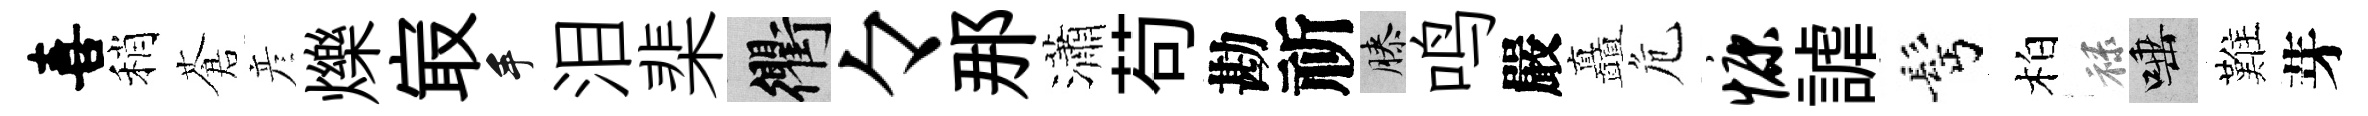
喜稍蒼彦爍㝡手泪棐衢々那瀟苟勘祈膝鸣嚴矗危慷謔髩柏禄唾難芽